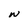
Character: W